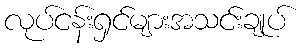
လုပ်ငန်းရှင်များအသင်းချုပ်